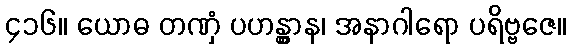
၄၁၆။ ယောဓ တဏှံ ပဟန္တွာန၊ အနာဂါရော ပရိဗ္ဗဇေ။